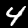
Digit: 4